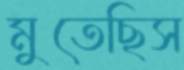
মুতেছিস